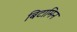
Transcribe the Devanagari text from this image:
बिटामिन